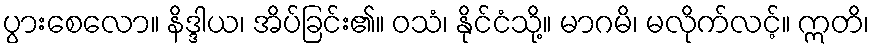
ပွားစေလော။ နိဒ္ဒါယ၊ အိပ်ခြင်း၏။ ဝသံ၊ နိုင်ငံသို့။ မာဂမိ၊ မလိုက်လင့်။ ဣတိ၊